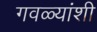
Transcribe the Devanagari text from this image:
गवळ्यांशी